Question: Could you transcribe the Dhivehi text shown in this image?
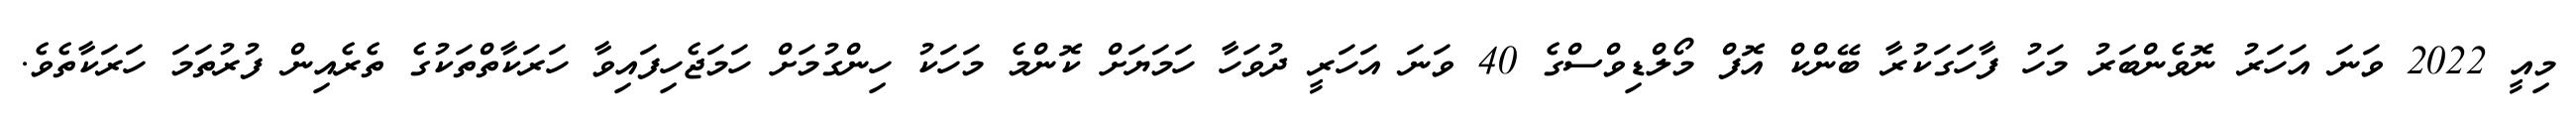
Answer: މިއީ 2022 ވަނަ އަހަރު ނޮވެންބަރު މަހު ފާހަގަކުރާ ބޭންކް އޮފް މޯލްޑިވްސްގެ 40 ވަނަ އަހަރީ ދުވަހާ ހަމަޔަށް ކޮންމެ މަހަކު ހިންގުމަށް ހަމަޖެހިފައިވާ ހަރަކާތްތަކުގެ ތެރެއިން ފުރުތަމަ ހަރަކާތެވެ.